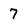
Character: 7